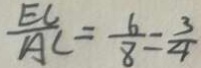
\frac { E C } { A C } = \frac { 6 } { 8 } = \frac { 3 } { 4 }